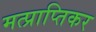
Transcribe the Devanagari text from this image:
मत्प्राप्तिकर